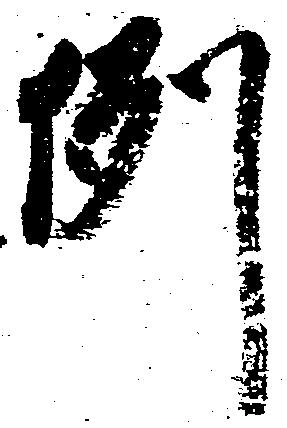
例